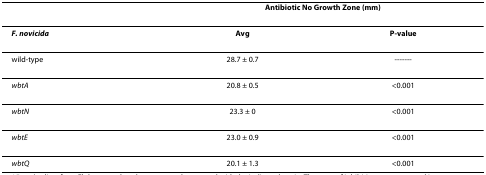
<table><thead><tr><td></td><td colspan="2"><b>Antibiotic No Growth Zone (mm)</b></td></tr></thead><tbody><tr><td><b><i>F. novicida</i></b></td><td><b>Avg</b></td><td><b>P-value</b></td></tr><tr><td>wild-type</td><td>28.7 ± 0.7</td><td>-------</td></tr><tr><td><i>wbtA</i></td><td>20.8 ± 0.5</td><td>&lt;0.001</td></tr><tr><td><i>wbtN</i></td><td>23.3 ± 0</td><td>&lt;0.001</td></tr><tr><td><i>wbtE</i></td><td>23.0 ± 0.9</td><td>&lt;0.001</td></tr><tr><td><i>wbtQ</i></td><td>20.1 ± 1.3</td><td>&lt;0.001</td></tr></tbody></table>